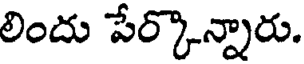
లిందు పేర్కొన్నారు.